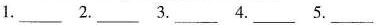
1.___ 2.___ 3.___ 4.___ 5.___